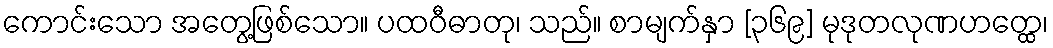
ကောင်းသော အတွေ့ဖြစ်သော။ ပထဝီဓာတု၊ သည်။ စာမျက်နှာ [၃၆၉] မုဒုတလုဏဟတ္ထေ၊